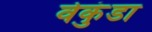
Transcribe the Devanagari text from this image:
वेकुंडा